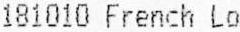
181010 FRENCH LO